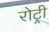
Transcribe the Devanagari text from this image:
रोट्री